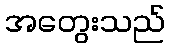
အတွေးသည်